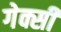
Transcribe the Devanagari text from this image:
गेक्सी